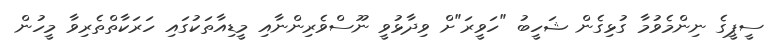
ސީޕީގެ ނިންމެވުމާ ގުޅިގެން ޝަހީބު "ހަވީރަ"ށް ވިދާޅުވީ ނޫސްވެރިންނާއި މީޑިއާތަކުގައި ހަރަކާތްތެރިވާ މީހުން